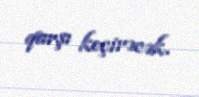
qarşı keçirəcək.